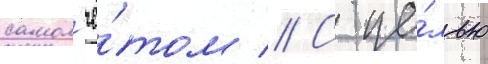
самол'ё́том // С це́лью